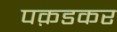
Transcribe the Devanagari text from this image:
पक़डकर